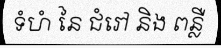
ទំហំ នៃ ជំរៅ និង ពន្លឺ